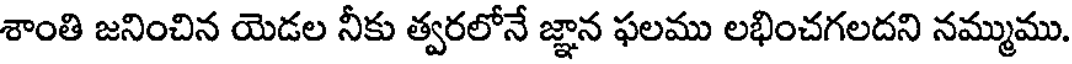
శాంతి జనించిన యెడల నీకు త్వరలోనే జ్ఞాన ఫలము లభించగలదని నమ్ముము.